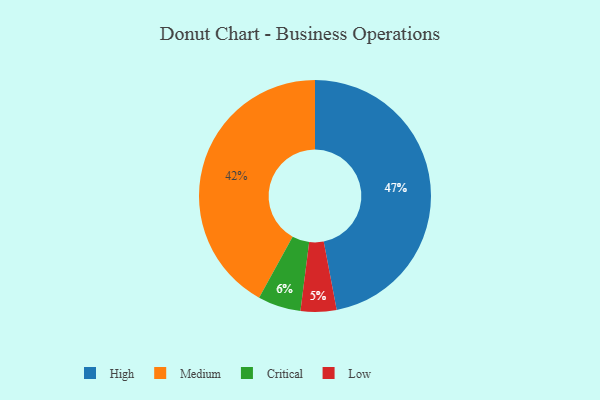
{"axis": {"x": "Category", "y": "Percentage"}, "legend": ["Critical", "High", "Low", "Medium"], "data": [{"x": "Low", "y": 5, "type": "Low"}, {"x": "Critical", "y": 6, "type": "Critical"}, {"x": "High", "y": 47, "type": "High"}, {"x": "Medium", "y": 42, "type": "Medium"}]}